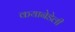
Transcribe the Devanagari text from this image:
कयानेडेली